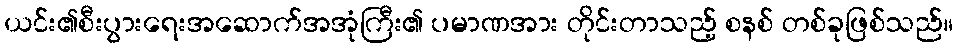
ယင်း၏စီးပွားရေးအဆောက်အအုံကြီး၏ ပမာဏအား တိုင်းတာသည့် စနစ် တစ်ခုဖြစ်သည်။